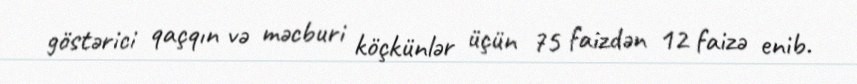
göstərici qaçqın və məcburi köçkünlər üçün 75 faizdən 12 faizə enib.